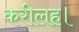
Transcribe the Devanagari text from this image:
करीलह।